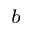
_ { b }